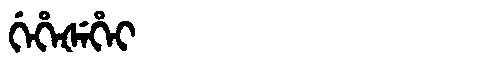
Manchu: ᡤᡝᡥᡝᡧᡝᡥᡝᡳ
Romanization: GEHEŠEHEI